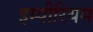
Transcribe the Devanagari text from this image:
इम्पीरियम